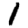
Digit: 1